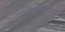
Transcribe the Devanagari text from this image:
स्वरोजगारियों